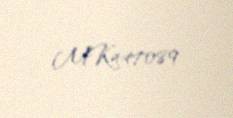
MK447089